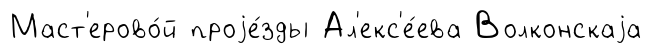
Маст'ерово́й проjе́зды Ал'екс'е́ева Волконскаjа